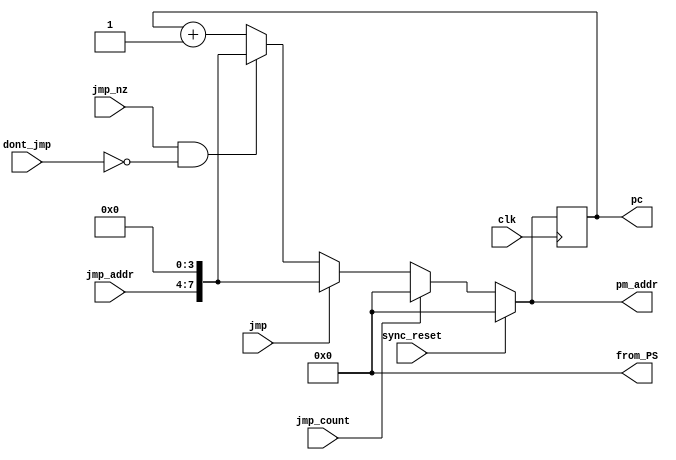
module program_sequencer(
	input clk, sync_reset, jmp, jmp_nz, dont_jmp, jmp_count,
	input [3:0] jmp_addr,
	output reg [7:0] pm_addr,
	output reg [7:0] from_PS, pc);  // for debugging/testing

// output reg [7:0] pc;
// pc set as output for debugging purposes

always @ *
from_PS = 8'h00;

always @ (posedge clk)
pc <= pm_addr;

always @ *
if (sync_reset == 1'b1) pm_addr = 8'd0;
else if (jmp_count == 1'b1)
	pm_addr = 8'h00;
else if (jmp == 1'b1) 
	pm_addr = {jmp_addr, 4'd0};
else if ((jmp_nz == 1'b1) && (dont_jmp == 1'b0)) 
	pm_addr = {jmp_addr, 4'd0};
else 
	pm_addr = pc + 8'd1;

endmodule